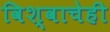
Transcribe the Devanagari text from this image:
विश्वाचेही